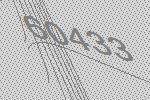
60433